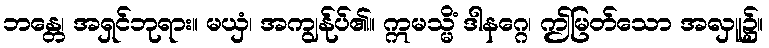
ဘန္တေ၊ အရှင်ဘုရား။ မယှံ၊ အကျွန်ုပ်၏။ ဣမသ္မိံ ဒါနဂ္ဂေ၊ ဤမြတ်သော အလှူ၌။